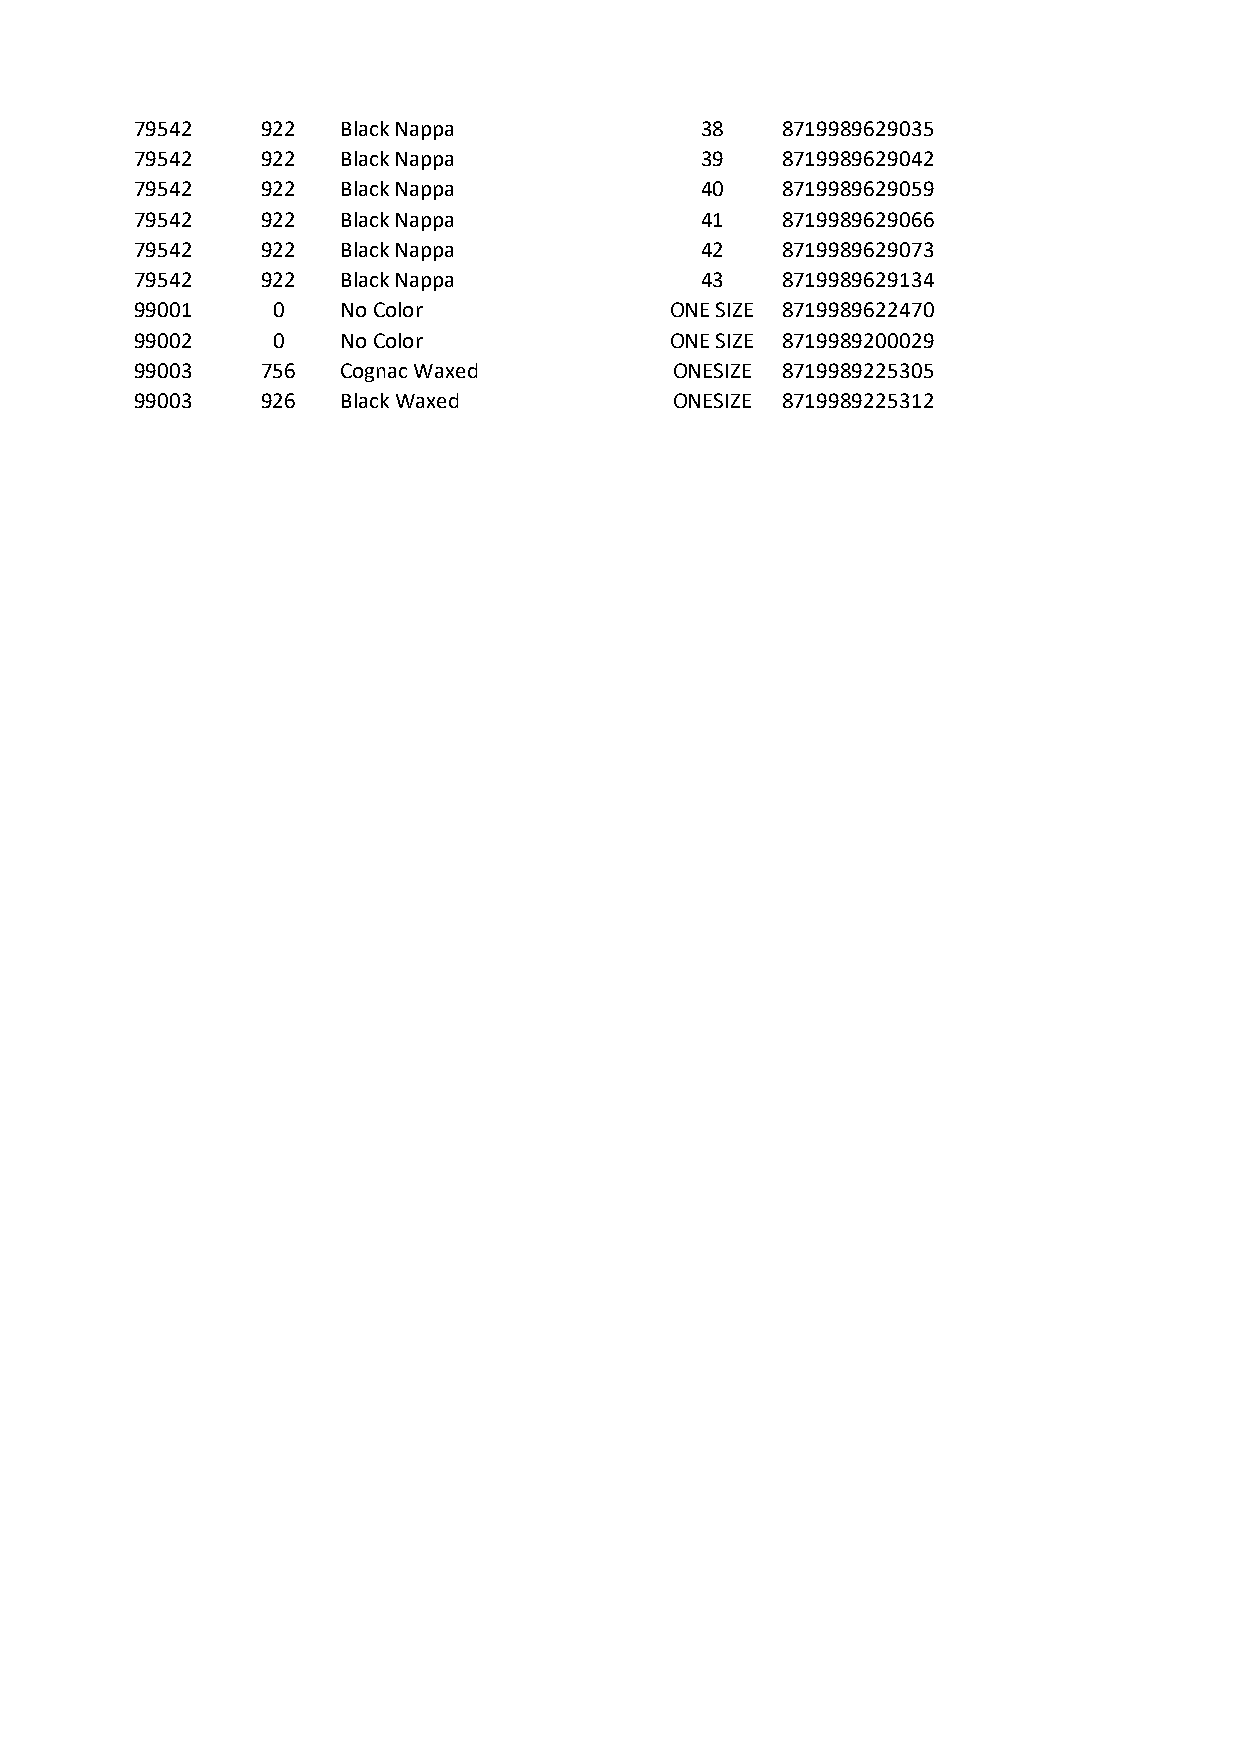
79542   922   Black Nappa            38    8719989629035
 79542   922   Black Nappa            39    8719989629042
 79542   922   Black Nappa            40    8719989629059
 79542   922   Black Nappa            41    8719989629066
 79542   922   Black Nappa            42    8719989629073
 79542   922   Black Nappa            43    8719989629134
 99001    0    No Color             ONE SIZE 8719989622470
 99002    0    No Color             ONE SIZE 8719989200029
 99003   756   Cognac Waxed          ONESIZE 8719989225305
 99003   926   Black Waxed           ONESIZE 8719989225312